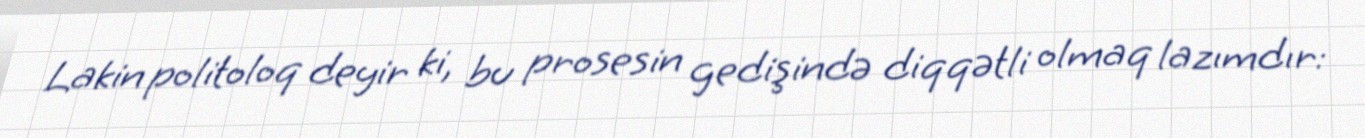
Lakin politoloq deyir ki, bu prosesin gedişində diqqətli olmaq lazımdır: